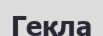
Гекла